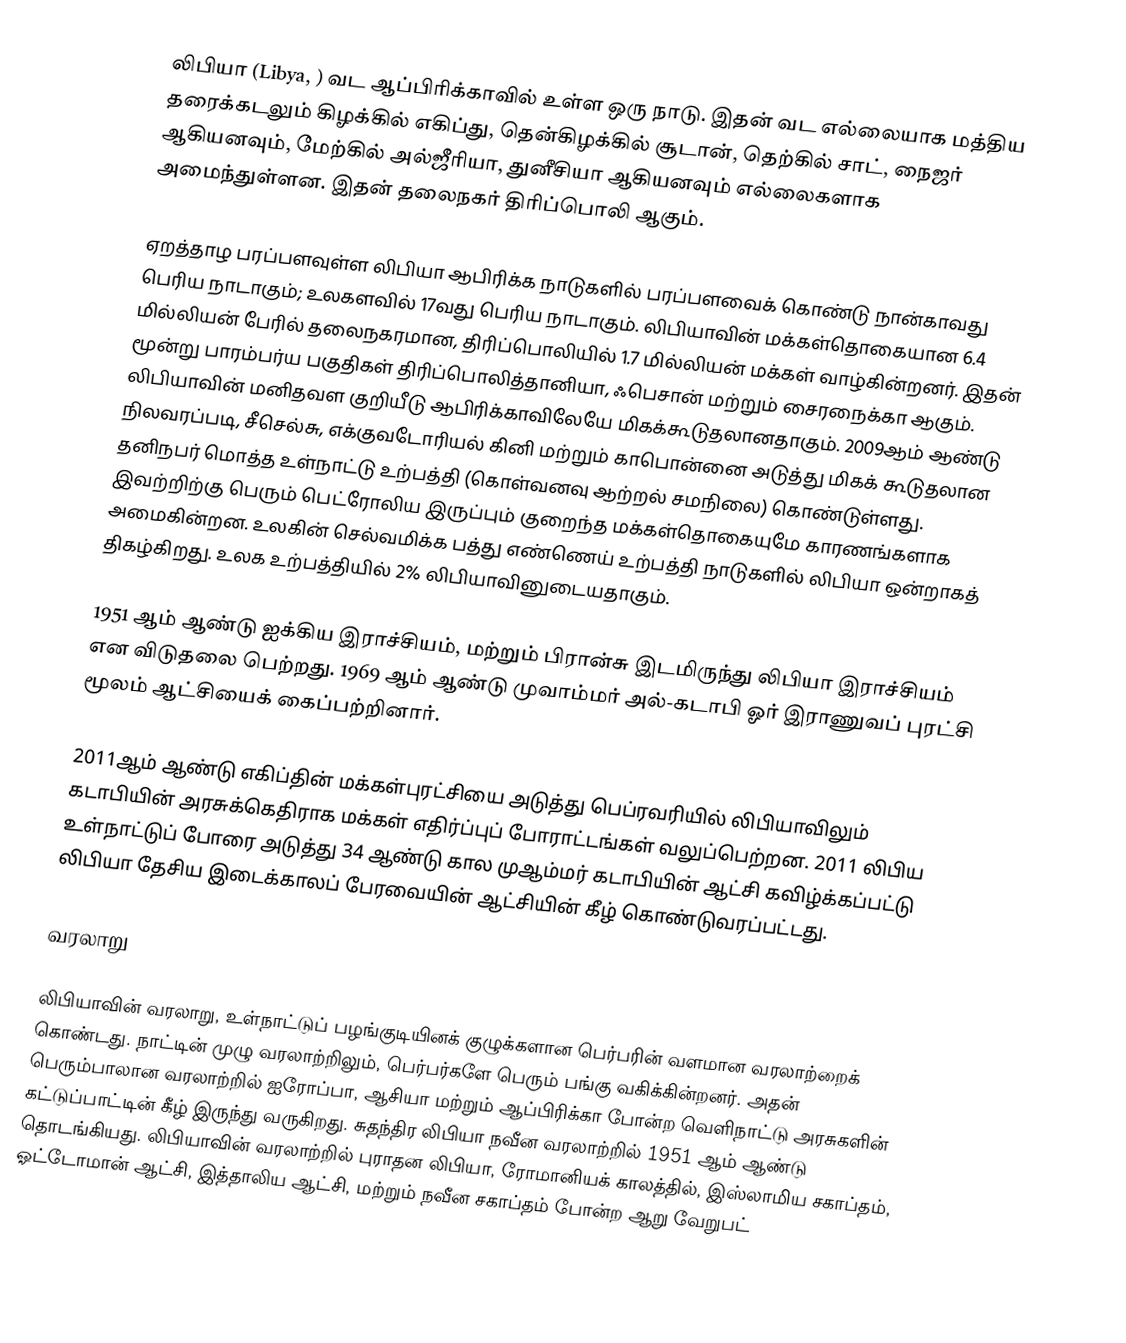
லிபியா (Libya, ) வட ஆப்பிரிக்காவில் உள்ள ஒரு நாடு. இதன் வட எல்லையாக மத்திய தரைக்கடலும் கிழக்கில் எகிப்து, தென்கிழக்கில் சூடான், தெற்கில் சாட், நைஜர் ஆகியனவும், மேற்கில் அல்ஜீரியா, துனீசியா ஆகியனவும் எல்லைகளாக அமைந்துள்ளன. இதன் தலைநகர் திரிப்பொலி ஆகும்.

ஏறத்தாழ  பரப்பளவுள்ள லிபியா ஆபிரிக்க நாடுகளில் பரப்பளவைக் கொண்டு நான்காவது பெரிய நாடாகும்; உலகளவில்  17வது பெரிய நாடாகும். லிபியாவின் மக்கள்தொகையான 6.4 மில்லியன் பேரில் தலைநகரமான, திரிப்பொலியில் 1.7 மில்லியன் மக்கள் வாழ்கின்றனர். இதன் மூன்று பாரம்பர்ய பகுதிகள் திரிப்பொலித்தானியா, ஃபெசான் மற்றும் சைரநைக்கா ஆகும். லிபியாவின் மனிதவள குறியீடு ஆபிரிக்காவிலேயே மிகக்கூடுதலானதாகும். 2009ஆம் ஆண்டு நிலவரப்படி, சீசெல்சு, எக்குவடோரியல் கினி மற்றும் காபொன்னை அடுத்து  மிகக் கூடுதலான தனிநபர் மொத்த உள்நாட்டு உற்பத்தி (கொள்வனவு ஆற்றல் சமநிலை) கொண்டுள்ளது. இவற்றிற்கு பெரும்  பெட்ரோலிய இருப்பும் குறைந்த மக்கள்தொகையுமே காரணங்களாக அமைகின்றன. உலகின் செல்வமிக்க பத்து எண்ணெய் உற்பத்தி நாடுகளில் லிபியா ஒன்றாகத் திகழ்கிறது. உலக உற்பத்தியில் 2% லிபியாவினுடையதாகும்.

1951 ஆம் ஆண்டு ஐக்கிய இராச்சியம், மற்றும் பிரான்சு இடமிருந்து லிபியா இராச்சியம் என விடுதலை பெற்றது. 1969 ஆம் ஆண்டு முவாம்மர் அல்-கடாபி ஓர் இராணுவப் புரட்சி மூலம் ஆட்சியைக் கைப்பற்றினார்.

2011ஆம் ஆண்டு எகிப்தின் மக்கள்புரட்சியை அடுத்து பெப்ரவரியில் லிபியாவிலும் கடாபியின் அரசுக்கெதிராக   மக்கள் எதிர்ப்புப் போராட்டங்கள் வலுப்பெற்றன. 2011 லிபிய உள்நாட்டுப் போரை அடுத்து 34 ஆண்டு கால முஆம்மர் கடாபியின் ஆட்சி கவிழ்க்கப்பட்டு லிபியா தேசிய இடைக்காலப் பேரவையின் ஆட்சியின் கீழ் கொண்டுவரப்பட்டது.

வரலாறு

லிபியாவின் வரலாறு, உள்நாட்டுப் பழங்குடியினக் குழுக்களான பெர்பரின் வளமான வரலாற்றைக் கொண்டது. நாட்டின் முழு வரலாற்றிலும், பெர்பர்களே பெரும் பங்கு வகிக்கின்றனர். அதன் பெரும்பாலான வரலாற்றில் ஐரோப்பா, ஆசியா மற்றும் ஆப்பிரிக்கா போன்ற வெளிநாட்டு அரசுகளின் கட்டுப்பாட்டின் கீழ் இருந்து வருகிறது. சுதந்திர லிபியா நவீன வரலாற்றில் 1951 ஆம் ஆண்டு தொடங்கியது. லிபியாவின் வரலாற்றில் புராதன லிபியா, ரோமானியக் காலத்தில், இஸ்லாமிய சகாப்தம், ஓட்டோமான் ஆட்சி, இத்தாலிய ஆட்சி, மற்றும் நவீன சகாப்தம் போன்ற ஆறு வேறுபட்